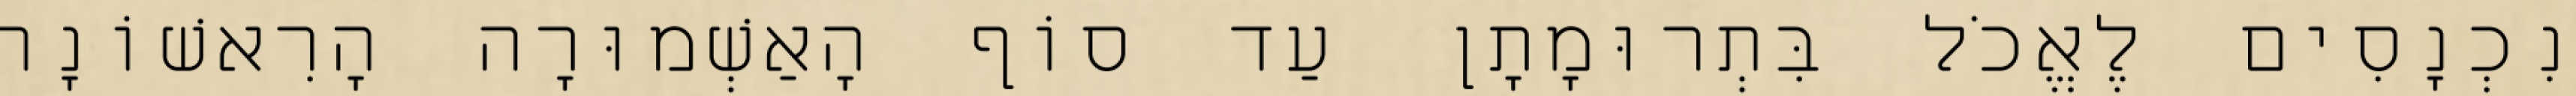
נִכְנָסִים לֶאֱכֹל בִּתְרוּמָתָן עַד סוֹף הָאַשְׁמוּרָה הָרִאשׁוֹנָה